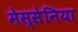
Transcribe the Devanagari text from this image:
मेस्सेनिया